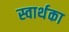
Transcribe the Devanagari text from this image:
स्वार्थका